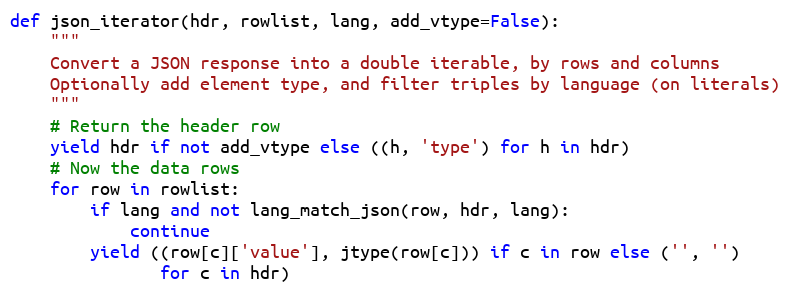
Language: Python
def json_iterator(hdr, rowlist, lang, add_vtype=False):
    """
    Convert a JSON response into a double iterable, by rows and columns
    Optionally add element type, and filter triples by language (on literals)
    """
    # Return the header row
    yield hdr if not add_vtype else ((h, 'type') for h in hdr)
    # Now the data rows
    for row in rowlist:
        if lang and not lang_match_json(row, hdr, lang):
            continue
        yield ((row[c]['value'], jtype(row[c])) if c in row else ('', '')
               for c in hdr)